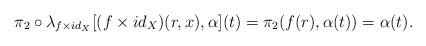
LaTeX: \begin{align*} \pi_{2}\circ \lambda_{f\times id_{X}}[ (f\times id_{X})(r,x),\alpha] (t) =\pi_{2}(f(r),\alpha(t)) = \alpha(t).\end{align*}